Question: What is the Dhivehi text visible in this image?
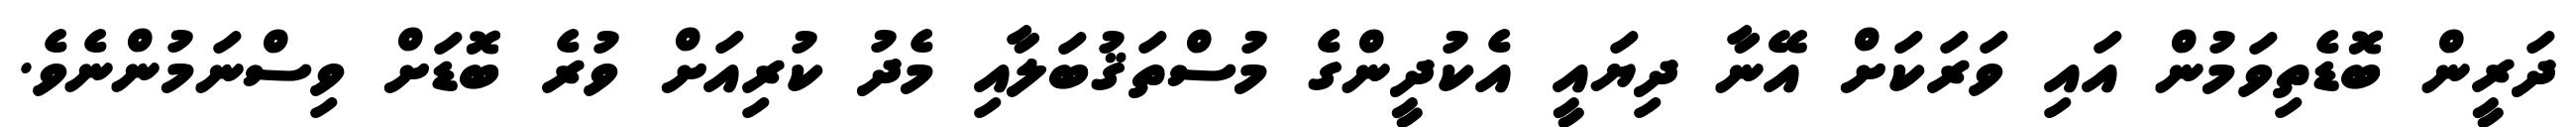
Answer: ދަރީން ބޮޑެތިވަމުން އައި ވަރަކަށް އޭނާ ދިޔައީ އެކުދީންގެ މުސްތަޤުބަލާއި މެދު ކުރިއަށް ވުރެ ބޮޑަށް ވިސްނަމުންނެވެ.